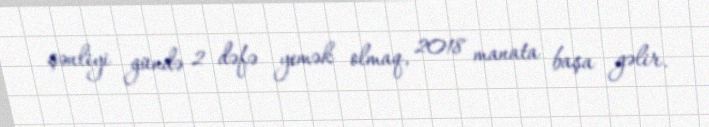
şənliyi gündə 2 dəfə yemək olmaq, 2018 manata başa gəlir.